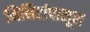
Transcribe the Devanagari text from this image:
मिनिटांपासून